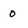
Character: 0